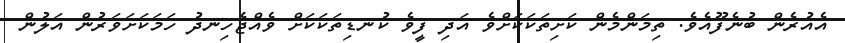
އެއުރެން ބުނެފޫއެވެ. ތިމަންމެން ކަށިތަކަކަށްވެ އަދި ފީވެ ކުނޑިތަކަކަށް ވެއްޖެހިނދު ހަމަކަށަވަރުން އަލުން